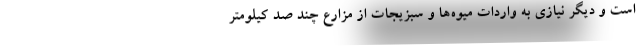
است و دیگر نیازی به واردات میوه‌ها و سبزیجات از مزارع چند صد کیلومتر